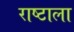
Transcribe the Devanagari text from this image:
राष्टाला